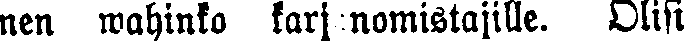
nen wahinko karjanomistajille. Olisi